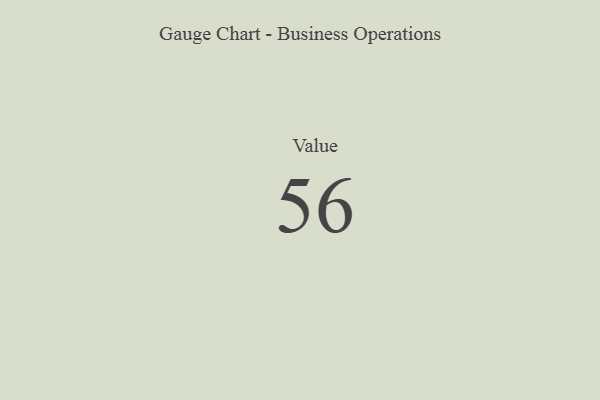
{"axis": {"x": "Metric", "y": "Value"}, "legend": [""], "data": [{"x": "Value", "y": 56, "type": ""}]}